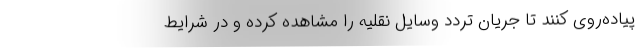
پیاده‌روی کنند تا جریان تردد وسایل نقلیه را مشاهده کرده و در شرایط